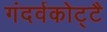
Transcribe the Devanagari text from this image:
गंदर्वकोट्टै